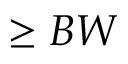
\ge B W